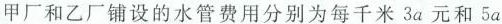
甲厂和乙厂铺设的水管费用分别为每千米3a元和5a